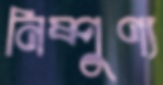
নিষ্পুণ্য